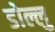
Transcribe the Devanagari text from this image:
डोल्लु